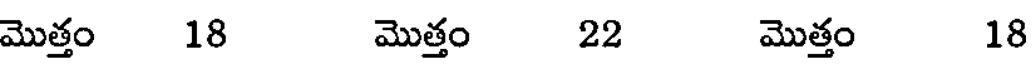
మొత్తం 18 మొత్తం 22 మొత్తం 18